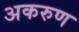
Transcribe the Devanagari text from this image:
अकरुण